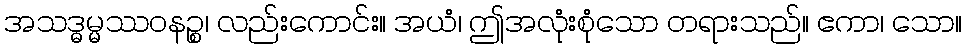
အသဒ္ဓမ္မဿဝနဉ္စ၊ လည်းကောင်း။ အယံ၊ ဤအလုံးစုံသော တရားသည်။ ဧကာ၊ သော။